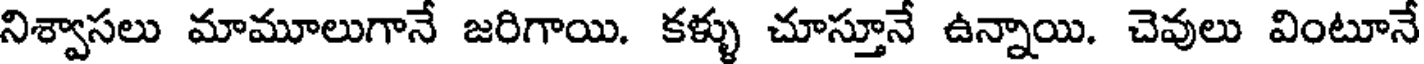
నిశ్వాసలు మామూలుగానే జరిగాయి. కళ్ళు చూస్తూనే ఉన్నాయి. చెవులు వింటూనే